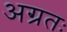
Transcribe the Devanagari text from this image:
अग्रतः